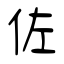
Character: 佐